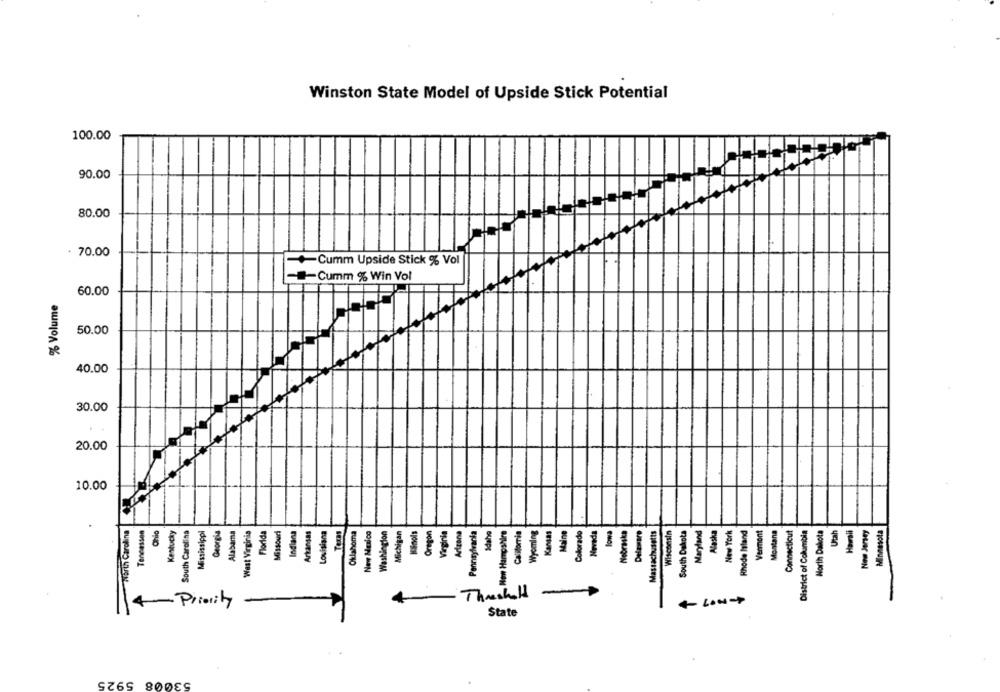
Winston State Model of Upside Stick Potential
100.00
90.00
80.00
70.00
+Cumm Upside Stick % Vol
Cumm % Win Vol
60.00
% Volume
50.00
40.00
30.00
20.00
10.00
North Carolina
Tencessen
Ohio
Kentucky
South Carolina
Mississippi
Georgia
Alabama
West Virginia
Florida
Missouri
Indiana
Arkansas
Louisiana
Oklahoma
New Mexico
Washington
Michigan
Kinols
Oregon
Virginia
Arizona
Pennsylvania
Idaho
California
Wyoming
Maine
Colorado
Morada
lowa
Nebraska
Delamare
Massachusetts
Wisconsin
South Dakota
New York
Rhode Island
Vermont
Montana
Connecticut
District of Columbia
North Dakota
Utah
New Jersey
Minnesota
11
4-Priority
4-
ThrashH
State
53008 5925